[Report on the health of British troops in the Madras command]
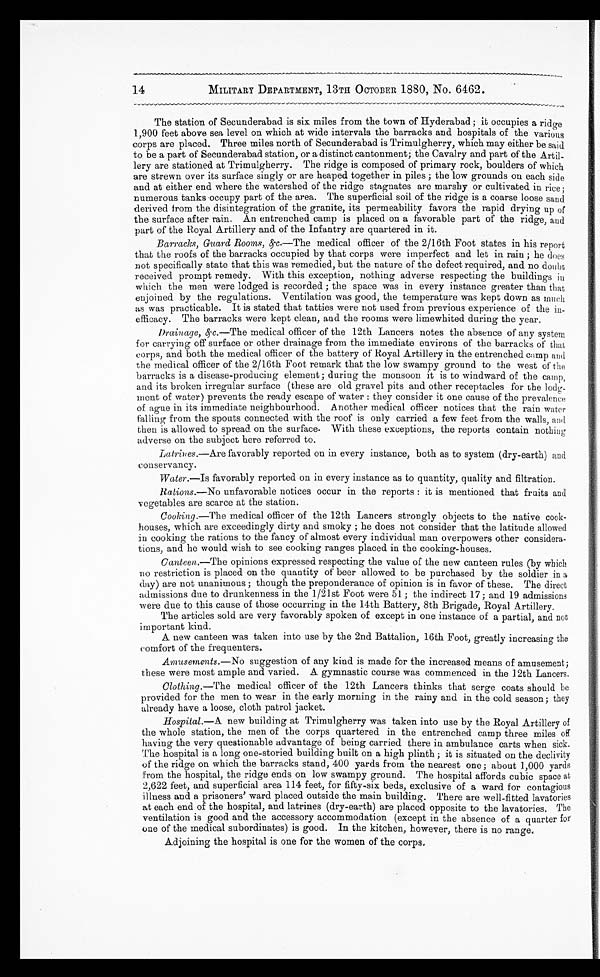
14
MILITARY DEPARTMENT, 13TH OCTOBER 1880, No. 6462.
The station of Secunderabad is six miles from the town of Hyderabad; it occupies a ridge
1,900 feet above sea level on which at wide intervals the barracks and hospitals of the various
corps are placed. Three miles north of Secunderabad is Trimulgherry, which may either be said
to be a part of Secunderabad station, or a distinct cantonment; the Cavalry and part of the Artil-
-lery are stationed at Trimulgherry. The ridge is composed of primary rock, boulders of which
are strewn over its surface singly or are heaped together in piles ; the low grounds on each side
and at either end where the watershed of the ridge stagnates are marshy or cultivated in rice;
numerous tanks occupy part of the area. The superficial soil of the ridge is a coarse loose sand
derived from the disintegration of the granite, its permeability favors the rapid drying up of
the surface after rain. An entrenched camp is placed on a favorable part of the ridge, and
part of the Royal Artillery and of the Infantry are quartered in it.
Barracks, Guard Rooms, &c.—The medical officer of the 2/16th Foot states in his report
that the roofs of the barracks occupied by that corps were imperfect and let in rain ; he does
not specifically state that this was remedied, but the nature of the defect required, and no doubt
received prompt remedy. With this exception, nothing adverse respecting the buildings in
which the men were lodged is recorded ; the space was in every instance greater than that
enjoined by the regulations. Ventilation was good, the temperature was kept down as
much as was practicable. It is stated that tatties were not used from previous experience of the in--
efficacy. The barracks were kept clean, and the rooms were limewhited during the year.
Drainage,
&c.—The medical officer of the 12th Lancers notes the absence of any system
for carrying off surface or other drainage from the immediate environs of the barracks of that
corps, and both the medical officer of the battery of Royal Artillery in the entrenched camp and
the medical officer of the 2/16th Foot remark that the low swampy ground to the west of the
barracks is a disease-producing element; during the monsoon it is to windward of the camp,
and its broken irregular surface (these are old gravel pits and other receptacles for the lodg--
ment of water) prevents the ready escape of water : they consider it one cause of the prevalence
of ague in its immediate neighbourhood. Another medical officer notices that the rain water
falling from the spouts connected with the roof is only carried a few feet from the walls, and
then is allowed to spread on the surface. With these exceptions, the reports contain nothing
adverse on the subject here referred to.
Latrines.—Are favorably reported on in every instance, both as to system (dry-earth) and
conservancy.
Water.—Is favorably reported on in every instance as to quantity, quality and filtration.
Rations.— No unfavorable notices occur in the reports : it is mentioned that fruits and
vegetables are scarce at the station.
Cooking. —The medical officer of the 12th Lancers strongly objects to the native cook--
houses, which are exceedingly dirty and smoky ; he does not consider that the latitude allowed
in cooking the rations to the fancy of almost every individual man overpowers other considera--
tions, and he would wish to see cooking ranges placed in the cooking-houses.
Canteen. —The opinions expressed respecting the value of the new canteen rules (by which
no restriction is placed on the quantity of beer allowed to be purchased by the soldier in a
day) are not unanimous ; though the preponderance of opinion is in favor of these. The direct
admissions due to drunkenness in the 1/21st Foot were 51 ; the indirect 17 ; and 19 admissions
were due to this cause of those occurring in the 14th Battery, 8th Brigade, Royal Artillery.
The articles sold are very favorably spoken of except in one instance of a partial, and not
important kind.
A new canteen was taken into use by the 2nd Battalion, 16th Foot, greatly increasing the
comfort of the frequenters.
Amusements. —No suggestion of any kind is made for the increased means of amusement;
these were most ample and varied. A gymnastic course was commenced in the 12th Lancers.
Clothing. —The medical officer of the 12th Lancers thinks that serge coats should be
provided for the men to wear in the early morning in the rainy and in the cold season; they
already have a loose, cloth patrol jacket.
Hospital. —A new building at Trimulgherry was taken into use by the Royal Artillery of
the whole station, the men of the corps quartered in the entrenched camp three miles off
having the very questionable advantage of being carried there in ambulance carts when sick.
The hospital is a long one-storied building built on a high plinth ; it is situated on the declivity
of the ridge on which the barracks stand, 400 yards from the nearest one; about 1,000 yards
from the hospital, the ridge ends on low swampy ground. The hospital affords cubic space at
2,622 feet, and superficial area 114 feet, for fifty-six beds, exclusive of a ward for contagious
illness and a prisoners’ ward placed outside the main building. There are well-fitted lavatories
at each end of the hospital, and latrines (dry-earth) are placed opposite to the lavatories. The
ventilation is good and the accessory accommodation (except in the absence of a quarter for
one of the medical subordinates) is good. In the kitchen, however, there is no range.
Adjoining the hospital is one for the women of the corps.